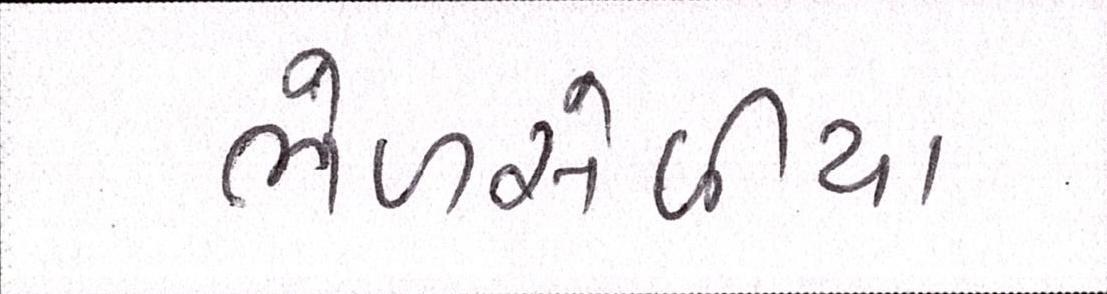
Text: ભેળસેળીયા